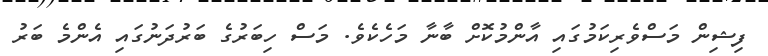
ފިޝިން މަސްވެރިކަމުގައި އާންމުކޮށް ބާނާ މަހެކެވެ. މަސް ހިބަރުގެ ބަރުދަނުގައި އެންމެ ބަރު